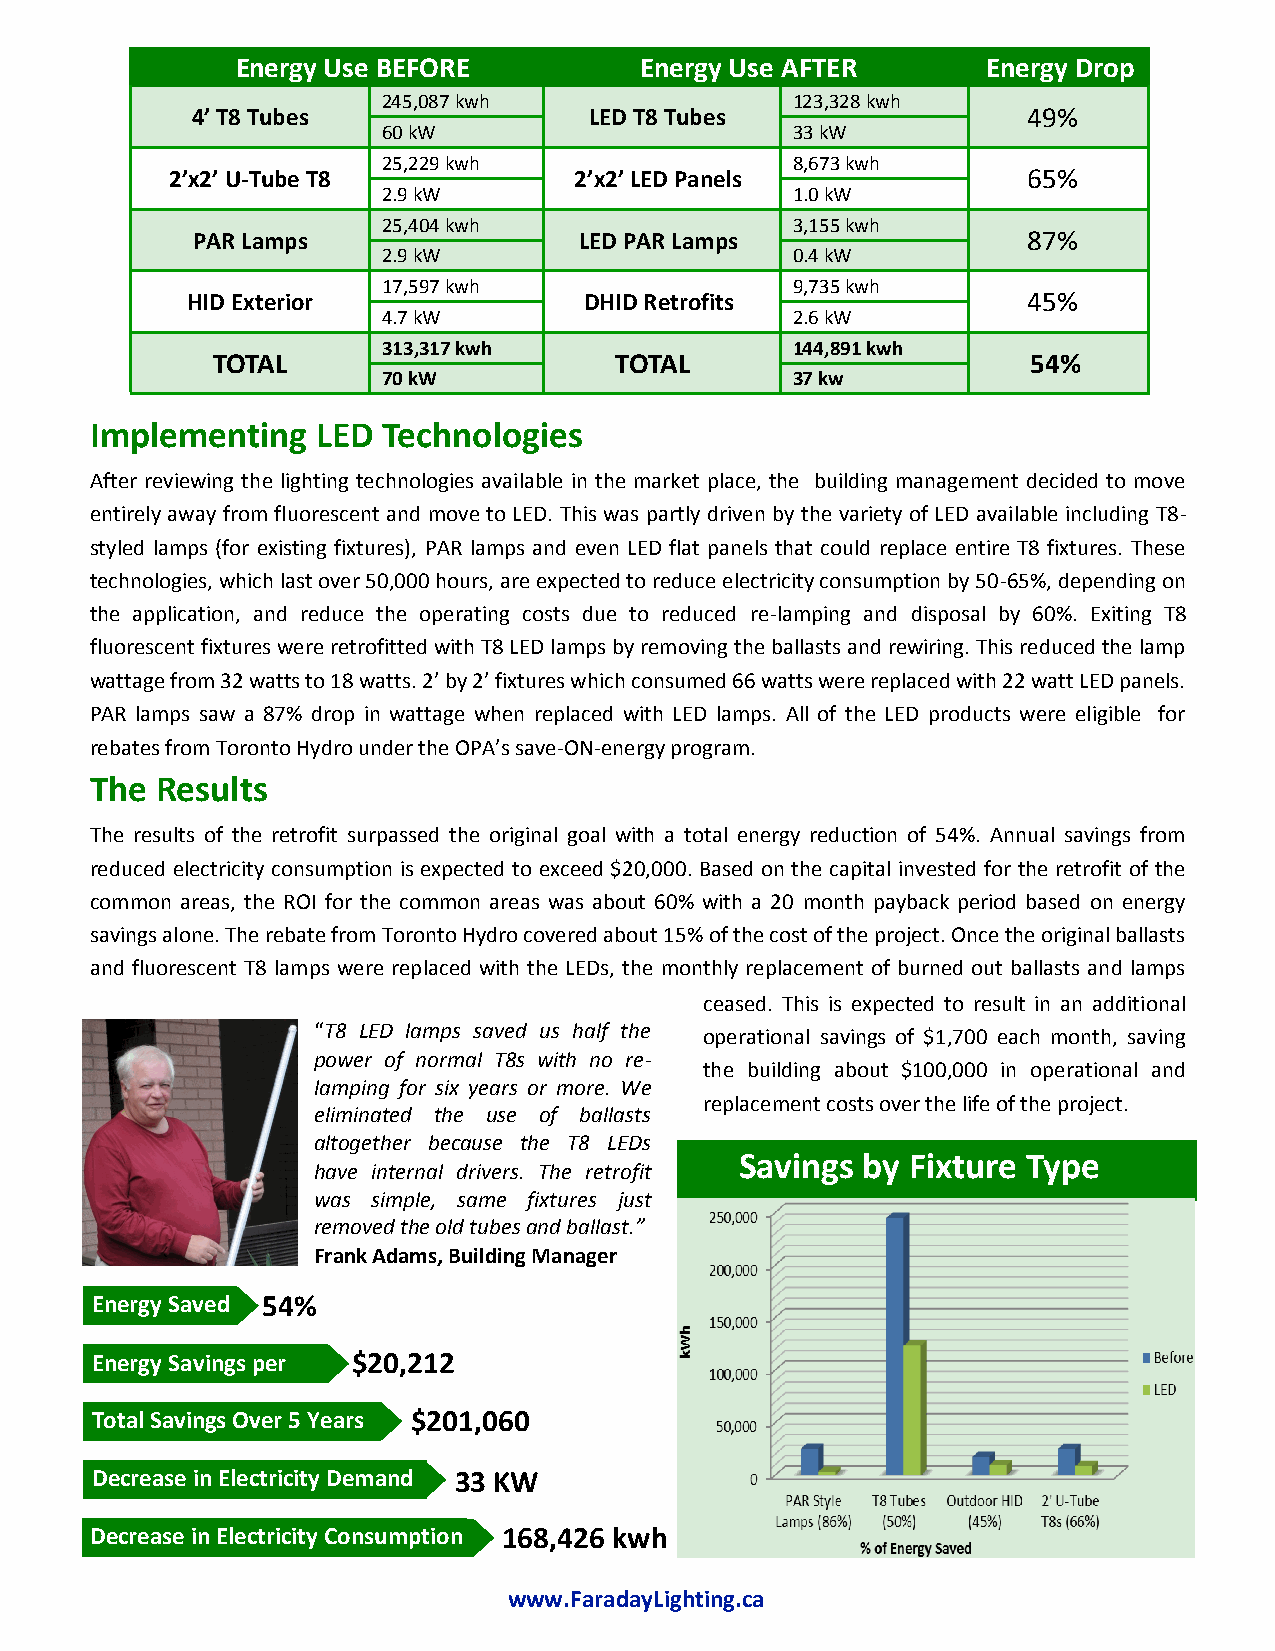
Energy Use BEFORE         Energy Use AFTER       Energy Drop
 245,087 kwh                123,328 kwh
 4’ T8 Tubes               LED T8 Tubes                 49%
 60 kW                      33 kW
 25,229 kwh                 8,673 kwh
 2’x2’ U-Tube T8            2’x2’ LED Panels              65%
 2.9 kW                     1.0 kW
 25,404 kwh                 3,155 kwh
 PAR Lamps                LED PAR Lamps                 87%
 2.9 kW                     0.4 kW
 17,597 kwh                 9,735 kwh
 HID Exterior               DHID Retrofits               45%
 4.7 kW                     2.6 kW
 313,317 kwh                144,891 kwh
 TOTAL                      TOTAL                      54%
 70 kW                      37 kw
 Implementing   LED Technologies
 After reviewing the lighting technologies available in the market place, the building management decided to move
 entirely away from fluorescent and move to LED. This was partly driven by the variety of LED available including T8-
 styled lamps (for existing fixtures), PAR lamps and even LED flat panels that could replace entire T8 fixtures. These
 technologies, which last over 50,000 hours, are expected to reduce electricity consumption by 50-65%, depending on
 the application, and reduce the operating costs due to reduced re-lamping and disposal by 60%. Exiting T8
 fluorescent fixtures were retrofitted with T8 LED lamps by removing the ballasts and rewiring. This reduced the lamp
 wattage from 32 watts to 18 watts. 2’ by 2’ fixtures which consumed 66 watts were replaced with 22 watt LED panels.
 PAR lamps saw a 87% drop in wattage when replaced with LED lamps. All of the LED products were eligible for
 rebates from Toronto Hydro under the OPA’s save-ON-energy program.
 The Results
 The results of the retrofit surpassed the original goal with a total energy reduction of 54%. Annual savings from
 reduced electricity consumption is expected to exceed $20,000. Based on the capital invested for the retrofit of the
 common areas, the ROI for the common areas was about 60% with a 20 month payback period based on energy
 savings alone. The rebate from Toronto Hydro covered about 15% of the cost of the project. Once the original ballasts
 and fluorescent T8 lamps were replaced with the LEDs, the monthly replacement of burned out ballasts and lamps
 ceased. This is expected to result in an additional
 “T8 LED lamps saved us half the operational savings of $1,700 each month, saving
 power of normal T8s with no re-
 the building about $100,000 in operational and
 lamping for six years or more. We
 replacement costs over the life of the project.
 eliminated the use of ballasts
 altogether because the T8 LEDs
 Savings by Fixture Type
 have internal drivers. The retrofit
 was simple, same fixtures just
 removed the old tubes and ballast.”
 Frank Adams, Building Manager
 Energy Saved 54%
 Energy Savings per $20,212
 Total Savings Over 5 Years $201,060
 Decrease in Electricity Demand 33 KW
 Decrease in Electricity Consumption 168,426 kwh
 www.FaradayLighting.ca